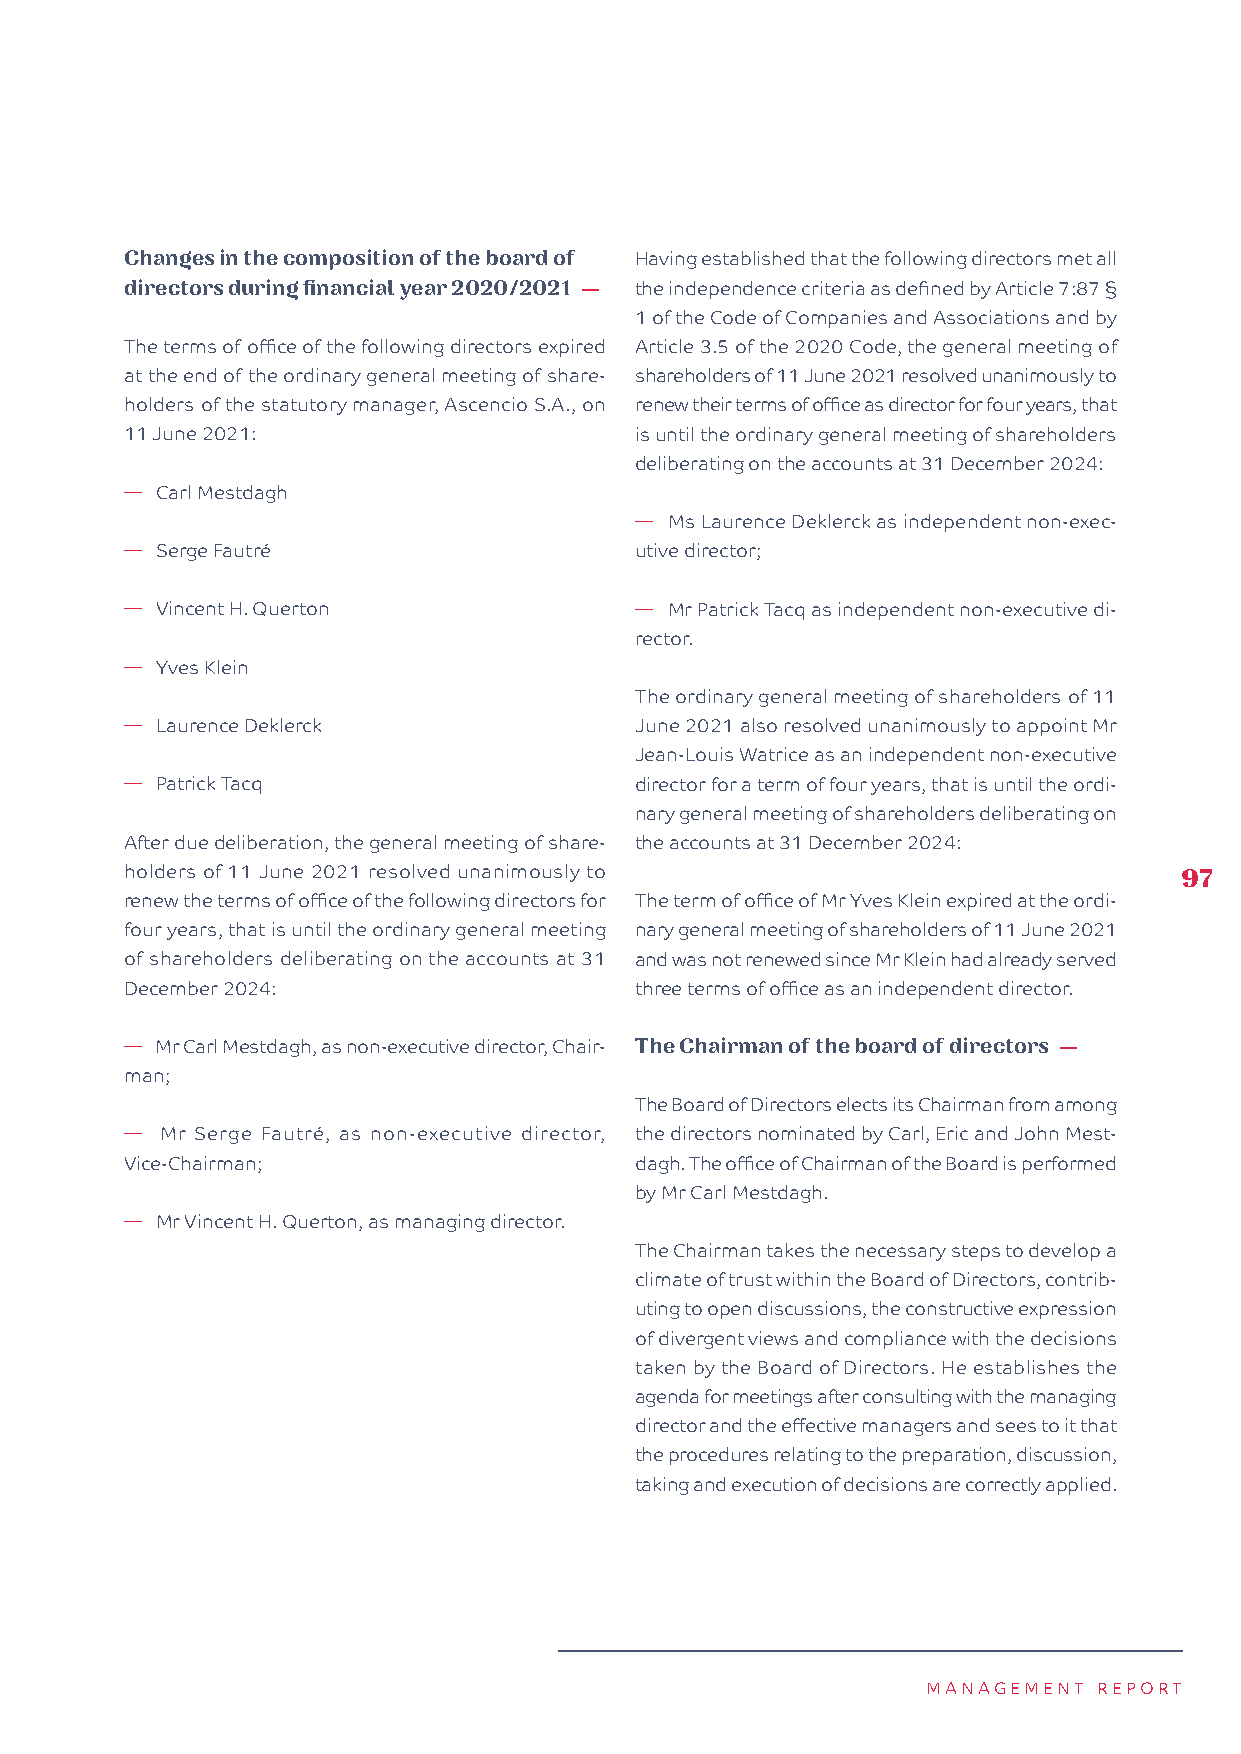
Changes in the composition of the board of Having established that the following directors met all
 directors during financial year 2020/2021 — the independence criteria as defined by Article 7:87 §
 1 of the Code of Companies and Associations and by
 The terms of office of the following directors expired Article 3.5 of the 2020 Code, the general meeting of
 at the end of the ordinary general meeting of share- shareholders of 11 June 2021 resolved unanimously to
 holders of the statutory manager, Ascencio S.A., on renew their terms of office as director for four years, that
 11 June 2021:                     is until the ordinary general meeting of shareholders
 deliberating on the accounts at 31 December 2024:
 � Carl Mestdagh
 � Ms Laurence Deklerck as independent non-exec-
 � Serge Fautré                    utive director;
 � Vincent H. Querton              � Mr Patrick Tacq as independent non-executive di-
 rector.
 � Yves Klein
 The ordinary general meeting of shareholders of 11
 � Laurence Deklerck               June 2021 also resolved unanimously to appoint Mr
 Jean-Louis Watrice as an independent non-executive
 � Patrick Tacq                    director for a term of four years, that is until the ordi-
 nary general meeting of shareholders deliberating on
 After due deliberation, the general meeting of share- the accounts at 31 December 2024:
 holders of 11 June 2021 resolved unanimously to                       97
 renew the terms of office of the following directors for The term of office of Mr Yves Klein expired at the ordi-
 four years, that is until the ordinary general meeting nary general meeting of shareholders of 11 June 2021
 of shareholders deliberating on the accounts at 31 and was not renewed since Mr Klein had already served
 December 2024:                    three terms of office as an independent director.
 � Mr Carl Mestdagh, as non-executive director, Chair- The Chairman of the board of directors —
 man;
 The Board of Directors elects its Chairman from among
 �  Mr Serge Fautré, as non-executive director, the directors nominated by Carl, Eric and John Mest-
 Vice-Chairman;                    dagh. The office of Chairman of the Board is performed
 by Mr Carl Mestdagh.
 � Mr Vincent H. Querton, as managing director.
 The Chairman takes the necessary steps to develop a
 climate of trust within the Board of Directors, contrib-
 uting to open discussions, the constructive expression
 of divergent views and compliance with the decisions
 taken by the Board of Directors. He establishes the
 agenda for meetings after consulting with the managing
 director and the effective managers and sees to it that
 the procedures relating to the preparation, discussion,
 taking and execution of decisions are correctly applied.
 MANAGEMENT  REPORT